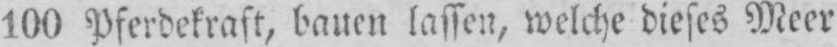
100 Pferdekraft, bauen lassen, welche dieses Meer